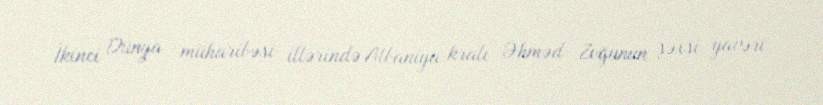
İkinci Dünya müharibəsi illərində Albaniya kralı Əhməd Zoğunun şəxsi yavəri